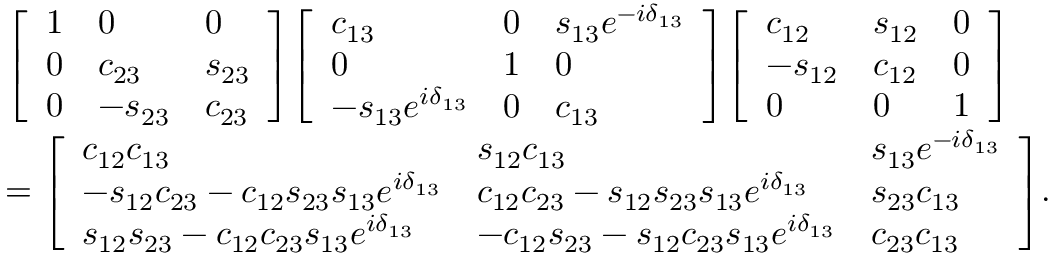
{ \begin{array} { r l } & { { \left[ \begin{array} { l l l } { 1 } & { 0 } & { 0 } \\ { 0 } & { c _ { 2 3 } } & { s _ { 2 3 } } \\ { 0 } & { - s _ { 2 3 } } & { c _ { 2 3 } } \end{array} \right] } { \left[ \begin{array} { l l l } { c _ { 1 3 } } & { 0 } & { s _ { 1 3 } e ^ { - i \delta _ { 1 3 } } } \\ { 0 } & { 1 } & { 0 } \\ { - s _ { 1 3 } e ^ { i \delta _ { 1 3 } } } & { 0 } & { c _ { 1 3 } } \end{array} \right] } { \left[ \begin{array} { l l l } { c _ { 1 2 } } & { s _ { 1 2 } } & { 0 } \\ { - s _ { 1 2 } } & { c _ { 1 2 } } & { 0 } \\ { 0 } & { 0 } & { 1 } \end{array} \right] } } \\ & { = { \left[ \begin{array} { l l l } { c _ { 1 2 } c _ { 1 3 } } & { s _ { 1 2 } c _ { 1 3 } } & { s _ { 1 3 } e ^ { - i \delta _ { 1 3 } } } \\ { - s _ { 1 2 } c _ { 2 3 } - c _ { 1 2 } s _ { 2 3 } s _ { 1 3 } e ^ { i \delta _ { 1 3 } } } & { c _ { 1 2 } c _ { 2 3 } - s _ { 1 2 } s _ { 2 3 } s _ { 1 3 } e ^ { i \delta _ { 1 3 } } } & { s _ { 2 3 } c _ { 1 3 } } \\ { s _ { 1 2 } s _ { 2 3 } - c _ { 1 2 } c _ { 2 3 } s _ { 1 3 } e ^ { i \delta _ { 1 3 } } } & { - c _ { 1 2 } s _ { 2 3 } - s _ { 1 2 } c _ { 2 3 } s _ { 1 3 } e ^ { i \delta _ { 1 3 } } } & { c _ { 2 3 } c _ { 1 3 } } \end{array} \right] } . } \end{array} }